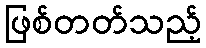
ဖြစ်တတ်သည့်